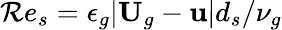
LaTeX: \mathcal{R}e_{s}=\epsilon_{g}|\textbf{{U}}_{g}-\textbf{{u}}|d_{s}/\nu_{g}